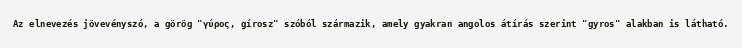
Az elnevezés jövevényszó, a görög "γύρος, gírosz" szóból származik, amely gyakran angolos átírás szerint "gyros" alakban is látható.